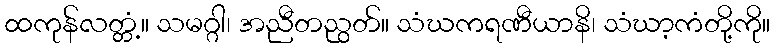
ထကုန်လတ္တံ့။ သမဂ္ဂါ၊ အညီတညွတ်။ သံဃကရဏီယာနိ၊ သံဃာ့ကံတို့ကို။